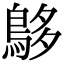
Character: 𪀓